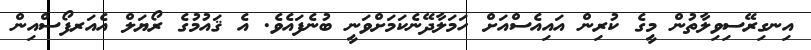
އިނގިރޭސިވިލާތުން މީގެ ކުރިން އައިއެސްއަށް ހަމަލާދޭނެކަމަށްވަނީ ބުނެފައެވެ. އެ ޤައުމުގެ ރޯޔަލް އެއަރފޯސްއިން